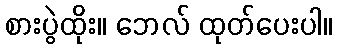
စားပွဲထိုး။ ဘေလ် ထုတ်ပေးပါ။